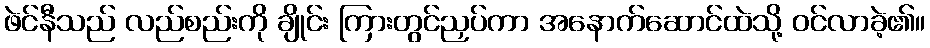
ဖဲင်နီသည် လည်စည်းကို ချိုင်း ကြားတွင်ညှပ်ကာ အနောက်ဆောင်ထဲသို့ ဝင်လာခဲ့၏။